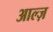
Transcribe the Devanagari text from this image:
आल्ज़